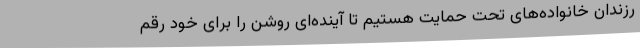
رزندان خانواده‌های تحت حمایت هستیم تا آینده‌ای روشن را برای خود رقم